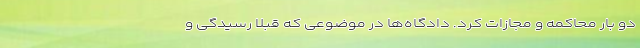
دو بار محاکمه و مجازات کرد. دادگاه‌ها در موضوعی که قبلاً رسیدگی و